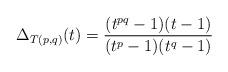
LaTeX: \begin{align*}\Delta_{T(p,q)}(t) = \dfrac{(t^{pq}-1)(t-1)}{(t^p-1)(t^q-1)}\end{align*}